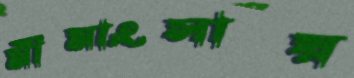
মীমাংসায়